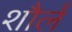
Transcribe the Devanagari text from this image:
शौर्ल